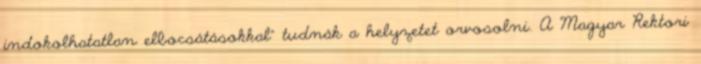
indokolhatatlan elbocsátásokkal” tudnák a helyzetet orvosolni. A Magyar Rektori